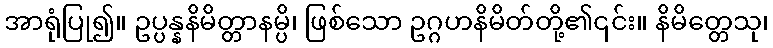
အာရုံပြု၍။ ဥပ္ပန္နနိမိတ္တာနမ္ပိ၊ ဖြစ်သော ဥဂ္ဂဟနိမိတ်တို့၏၎င်း။ နိမိတ္တေသု၊